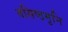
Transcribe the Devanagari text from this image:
वसिष्ठमुनि